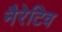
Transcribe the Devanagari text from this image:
नैरेटिव